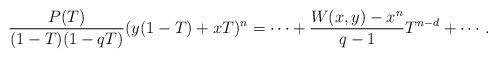
LaTeX: \begin{align*}\frac{P(T)}{(1-T)(1-qT)}(y(1-T)+xT)^n=\cdots +\frac{W(x,y)-x^n}{q-1}T^{n-d}+ \cdots.\end{align*}